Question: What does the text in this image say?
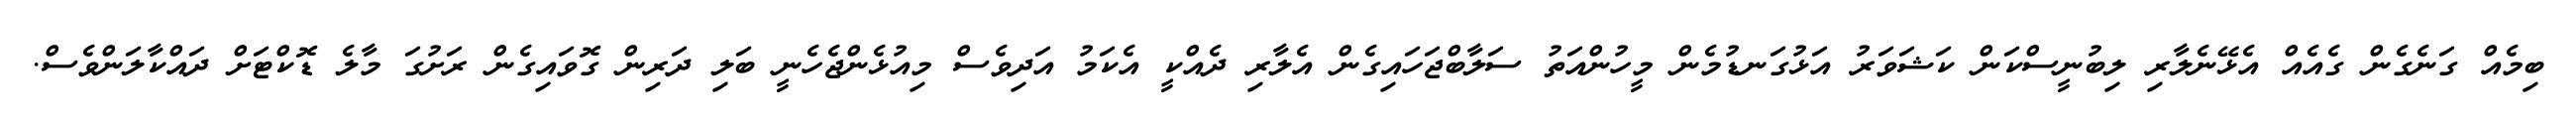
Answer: ބިމެއް ގަނެގެން ގެއެއް އެޅޭނެލާރި ލިބުނީސްކަން ކަޝަވަރު އަޅުގަނޑުމެން މީހުންއަތު ސަލާބްޖަހައިގެން އެލާރި ދެއްކީ އެކަމު އަދިވެސް މިއުޅެންޖެހެނީ ބަލި ދަރިން ގޮވައިގެން ރަށުގަ މާލެ ޑޮކްޓަށް ދައްކާލަންވެސް.